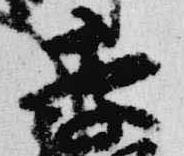
季